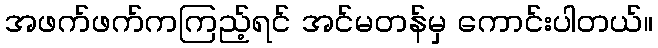
အဖက်ဖက်ကကြည့်ရင် အင်မတန်မှ ကောင်းပါတယ်။